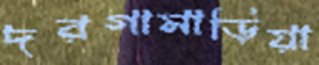
দরগামাড়িয়া